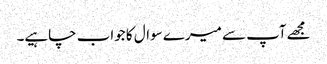
مجھےآپ سے میرے سوال کا جواب چاہیے۔